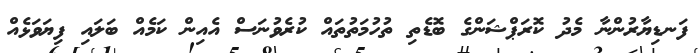
ފަނޑިޔާރުންނާ މެދު ކޮރަޕްޝަންގެ ބޮޑެތި ތުހުމަތުތައް ކުރެވުނަސް އެއިން ކަމެއް ބަލައި ފިޔަވަޅެއް